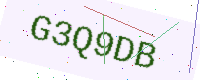
Text: G3Q9DB